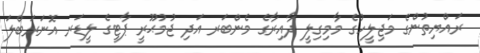
ރައްޔިތުންގެ މަޖިލީހުގެ މާމިގިލީ ދާއިރާގެ މެންބަރ އަދި ޖުމުޙޫރީ ޕާޓީގެ ލީޑަރ އޮނަރަބްލަ